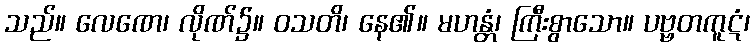
သည်။ လေဏေ၊ လိုဏ်၌။ ဝသတိ၊ နေ၏။ မဟန္တံ၊ ကြီးစွာသော။ ပဗ္ဗတကူဋံ၊